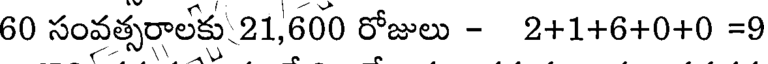
60 సంవత్సరాలకు 21,600 రోజులు - 2+1+6+0+0 =9